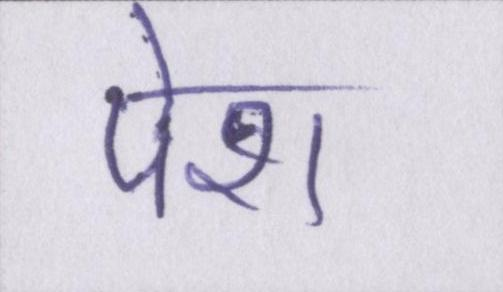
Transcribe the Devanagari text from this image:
पेश